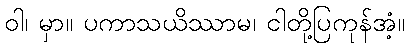
ဝါ၊ မှာ။ ပကာသယိဿာမ၊ ငါတို့ပြကုန်အံ့။